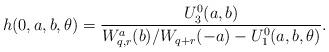
LaTeX: \begin{align*} h(0,a,b,\theta) &= \frac {U_3^0(a,b)} {W_{q,r}^a(b)/W_{q+r}(-a) - U_1^0(a,b, \theta)}. \end{align*}